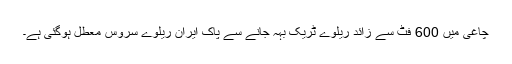
چاغی میں 600 فٹ سے زائد ریلوے ٹریک بہہ جانے سے پاک ایران ریلوے سروس معطل ہوگئی ہے۔